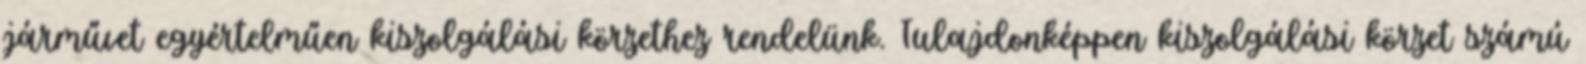
járművet egyértelműen kiszolgálási körzethez rendelünk. Tulajdonképpen kiszolgálási körzet számú